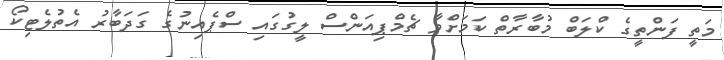
މަތީ ފަންތީގެ ކްލަބް މުބާރާތް ކަމަށްވާ ޗެމްޕިއަންސް ލީގުގައި ސްޕެއިނުގެ ގަދަބާރު އެތުލެޓިކޯ